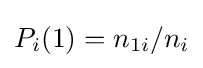
{\textstyle P_{i}(1)=n_{1i}/n_{i}}